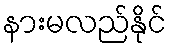
နားမလည်နိုင်